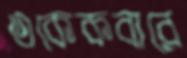
একেকবারে